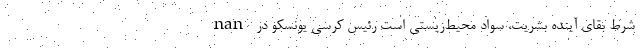
nan شرط بقای آینده بشریت، سواد محیط‌زیستی است رئیس کرسی یونسکو در